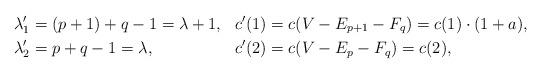
LaTeX: \begin{align*}\lambda'_1 &= (p+1)+q-1 = \lambda+1, & c'(1) &= c(V-E_{p+1}-F_q) = c(1)\cdot(1+a), \\\lambda'_2 &= p+q-1 = \lambda, & c'(2) &= c(V-E_{p}-F_q) = c(2),\end{align*}